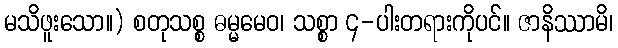
မသိဖူးသော။) စတုသစ္စ ဓမ္မမေဝ၊ သစ္စာ ၄-ပါးတရားကိုပင်။ ဇာနိဿာမိ၊